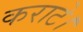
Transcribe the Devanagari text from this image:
कराटे।